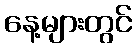
နေ့များတွင်